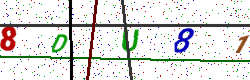
Text: 8DU81